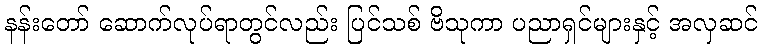
နန်းတော် ဆောက်လုပ်ရာတွင်လည်း ပြင်သစ် ဗိသုကာ ပညာရှင်များနှင့် အလှဆင်